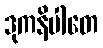
ဒုကနိပါတေ